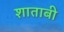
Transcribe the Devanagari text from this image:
शाताबी